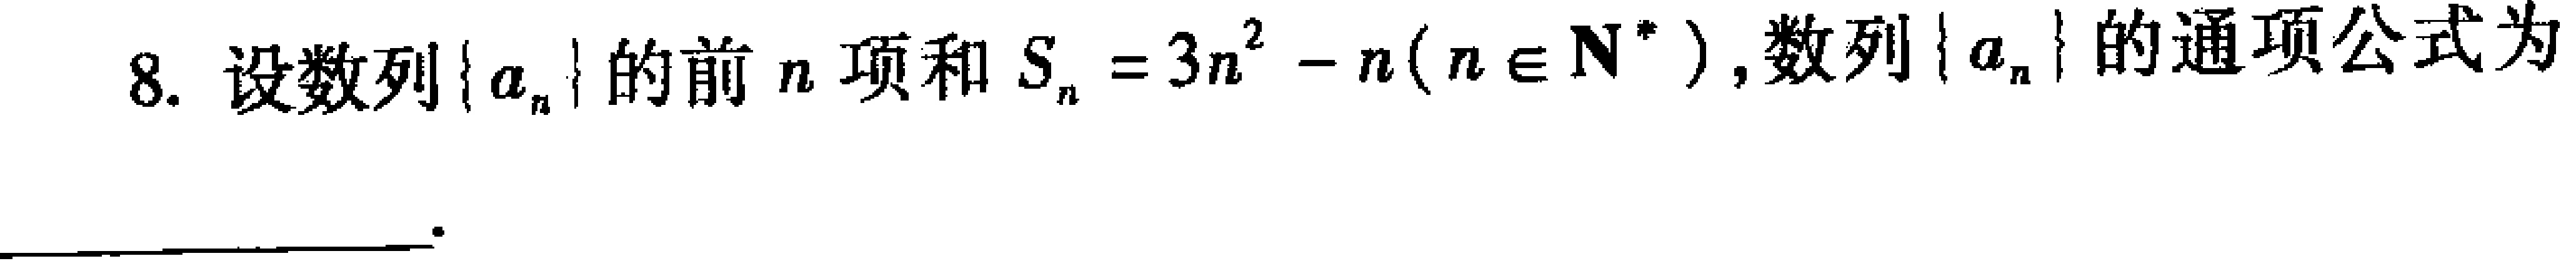
8. 设数列\(\{ a_{n}\}\)的前\(n\)项和\(S_{n}=3n^{2}-n(n\in\mathbf{N}^{*})\)，数列\(\{ a_{n}\}\)的通项公式为___。